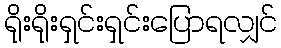
ရိုးရိုးရှင်းရှင်းပြောရလျှင်